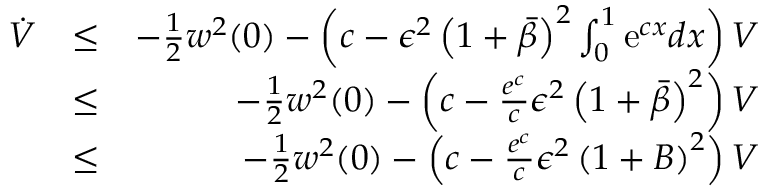
\begin{array} { r l r } { \dot { V } } & { \leq } & { - { \frac { 1 } { 2 } } w ^ { 2 } ( 0 ) - \left( c - \epsilon ^ { 2 } \left( 1 + \bar { \beta } \right) ^ { 2 } \int _ { 0 } ^ { 1 } \mathrm { e } ^ { c x } d x \right) V } \\ & { \leq } & { - { \frac { 1 } { 2 } } w ^ { 2 } ( 0 ) - \left( c - \frac { e ^ { c } } { c } \epsilon ^ { 2 } \left( 1 + \bar { \beta } \right) ^ { 2 } \right) V } \\ & { \leq } & { - { \frac { 1 } { 2 } } w ^ { 2 } ( 0 ) - \left( c - \frac { e ^ { c } } { c } \epsilon ^ { 2 } \left( 1 + B \right) ^ { 2 } \right) V } \end{array}